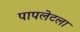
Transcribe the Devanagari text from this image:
पापलेटला